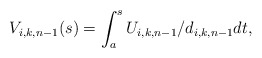
\begin{align*}V_{i,k,n-1}(s)=\int_a^s U_{i,k,n-1}/d_{i,k,n-1}dt, \end{align*}